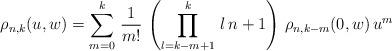
LaTeX: \begin{align*}\rho_{n,k}(u,w)=\sum_{m=0}^{k}\,\frac{1}{m!}\,\left(\prod_{l=k-m+1}^{k}\,l\,n+1\right)\,\rho_{n,k-m}(0,w)\,u^{m}\end{align*}